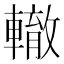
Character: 轍